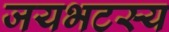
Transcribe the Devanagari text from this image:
जयभटस्य